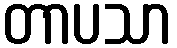
တာပသာ